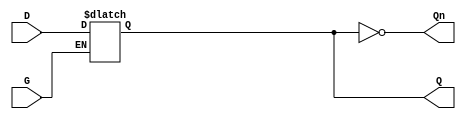
module GatedDLatch (
    input wire D,   // Data input
    input wire G,   // Gate/Enable input
    output reg Q,   // Output
    output wire Qn  // Complement of Output
);

// Complement output
assign Qn = ~Q;

// Always block for level-sensitive behavior
always @(*) begin
    if (G) begin
        Q = D; // Capture D when G is high
    end
    // When G is low, Q retains its previous value (no assignment needed)
end

endmodule